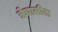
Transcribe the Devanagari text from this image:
त्रेचाळीस